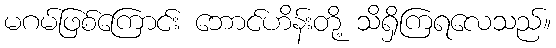
မဂမ်ဖြစ်ကြောင်း ဘောင်ဟိန်းတို့ သိရှိကြရလေသည်။